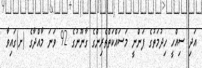
އަދި ސިއްހީ ހިދުމަތުގެ ފަންނީ މަސައްކަތްތެރިންގެ ގާނޫނުގެ 92 ވަނަ މާއްދާގެ (ށ)ގައިވާ